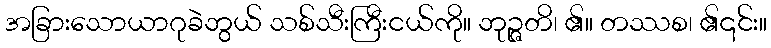
အခြားသောယာဂုခဲဘွယ် သစ်သီးကြီးငယ်ကို။ ဘုဉ္ဇတိ၊ ၏။ တဿစ၊ ၏၎င်း။